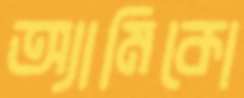
অ্যামিকো